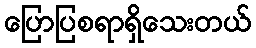
ပြောပြစရာရှိသေးတယ်